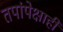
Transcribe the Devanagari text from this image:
तपांपेक्षाही